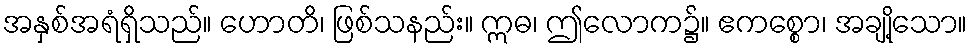
အနှစ်အရံရှိသည်။ ဟောတိ၊ ဖြစ်သနည်း။ ဣဓ၊ ဤလောက၌။ ဧကစ္စော၊ အချို့သော။